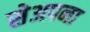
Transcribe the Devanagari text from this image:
सेअपना